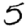
Digit: 5